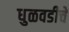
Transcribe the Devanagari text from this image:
धुळवडीचे